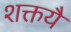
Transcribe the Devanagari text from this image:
शक्तयै